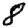
Digit: 8